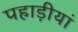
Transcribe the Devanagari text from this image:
पहाड़ीयां